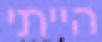
הייתי